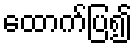
ထောက်ပြ၍